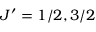
J ^ { \prime } = 1 / 2 , 3 / 2